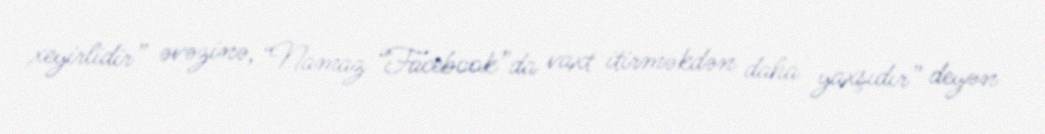
xeyirlidir” əvəzinə, “Namaz “Facebook”da vaxt itirməkdən daha yaxşıdır” deyən